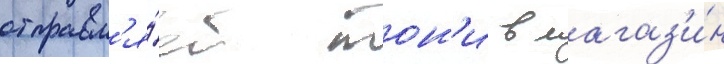
отправл'я́ет тон'и в магаз'и́н